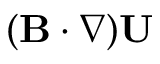
( { \bf { B } } \cdot \nabla ) { \bf { U } }